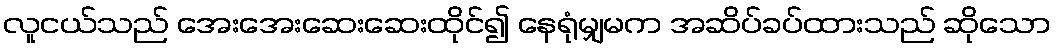
လူငယ်သည် အေးအေးဆေးဆေးထိုင်၍ နေရုံမျှမက အဆိပ်ခပ်ထားသည် ဆိုသော